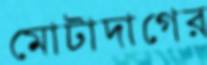
মোটাদাগের